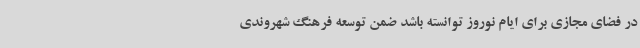
در فضای مجازی برای ایام نوروز توانسته باشد ضمن توسعه فرهنگ شهروندی